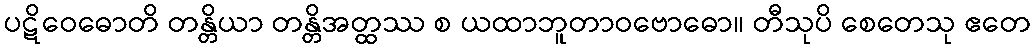
ပဋိဝေဓောတိ တန္တိယာ တန္တိအတ္ထဿ စ ယထာဘူတာဝဗောဓော။ တီသုပိ စေတေသု ဧတေ